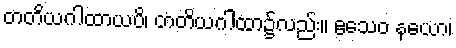
တတိယဂါထာယပိ၊ တတိယဂါထာ၌လည်း။ ဧသေဝ နယော၊